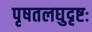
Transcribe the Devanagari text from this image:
पृषतलघुदृष्टः